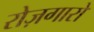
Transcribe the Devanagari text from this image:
रोज़गारों